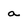
Character: a